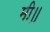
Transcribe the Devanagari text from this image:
मी॥